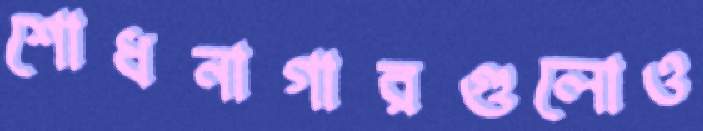
শোধনাগারগুলোও